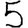
Digit: 5